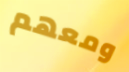
ومعهم